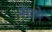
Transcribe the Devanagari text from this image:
मेखोर